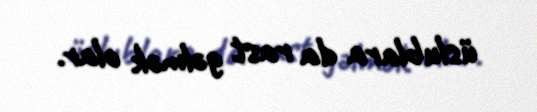
üslublara da rast gəlmək olar.